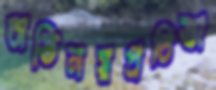
অভিনয়প্রতিভা